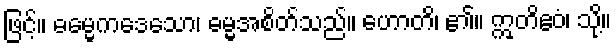
ဖြင့်။ ဓမ္မေကဒေသော၊ ဓမ္မအစိတ်သည်။ ဟောတိ၊ ၏။ ဣတိဧဝံ၊ သို့။